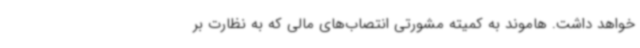
خواهد داشت. هاموند به کمیته مشورتی انتصاب‌های مالی که به نظارت بر